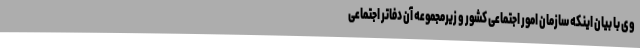
وی با بیان اینکه سازمان امور اجتماعی کشور و زیرمجموعه آن دفاتر اجتماعی